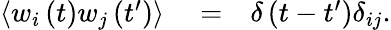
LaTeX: \begin{array}{rlr}{\left\langle w_{i}\left(t\right)w_{j}\left(t^{\prime}\right)\right\rangle}&{{}=}&{\delta\left(t-t^{\prime}\right)\delta_{ij}.}\end{array}